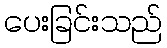
ပေးခြင်းသည်